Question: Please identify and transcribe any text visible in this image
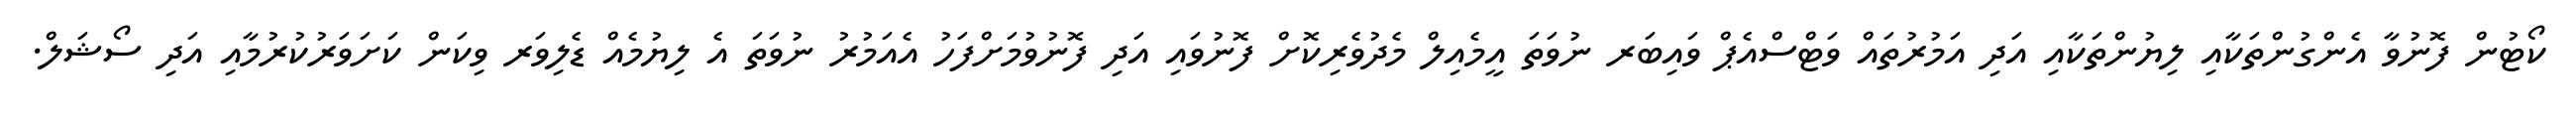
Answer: ކޯޓުން ފޮނުވާ އެންގުންތަކާއި ލިޔުންތަކާއި އަދި އަމުރުތައް ވަޓްސްއެޕް ވައިބަރ ނުވަތަ އީމެއިލް މެދުވެރިކޮށް ފޮނުވައި އަދި ފޮނުވުމަށްފަހު އެއަމުރު ނުވަތަ އެ ލިޔުމެއް ޑެލިވަރ ވިކަން ކަށަވަރުކުރުމާއި އަދި ސޯޝަލް.